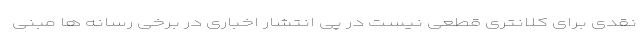
نقدی برای کلانتری قطعی نیست در پی انتشار اخباری در برخی رسانه ها مبنی